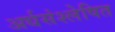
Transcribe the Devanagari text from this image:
अर्धसंश्लेषित